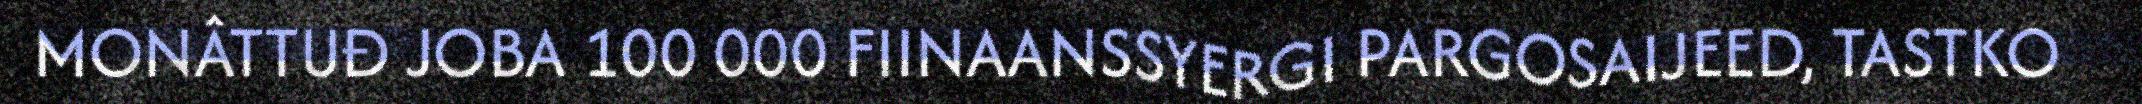
MONÂTTUĐ JOBA 100 000 FIINAANSSYERGI PARGOSAIJEED, TASTKO